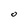
Character: 0